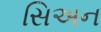
સિઅન